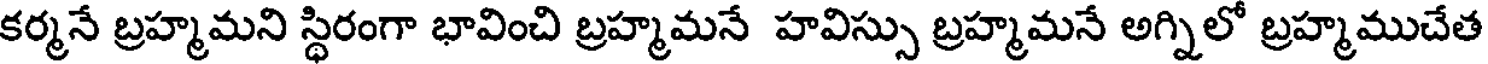
కర్మనే బ్రహ్మమని స్థిరంగా భావించి బ్రహ్మమనే హవిస్సు బ్రహ్మమనే అగ్నిలో బ్రహ్మముచేత